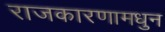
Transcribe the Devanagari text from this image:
राजकारणामधुन